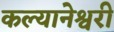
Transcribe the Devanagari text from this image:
कल्यानेश्वरी